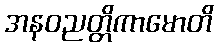
အနဝညတ္တိကာမောတိ